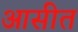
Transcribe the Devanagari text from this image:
आसीत